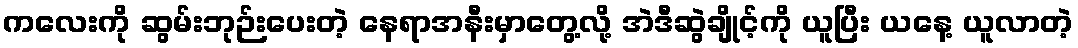
ကလေးကို ဆွမ်းဘုဉ်းပေးတဲ့ နေရာအနီးမှာတွေ့လို့ အဲဒီဆွဲချိုင့်ကို ယူပြီး ယနေ့ ယူလာတဲ့